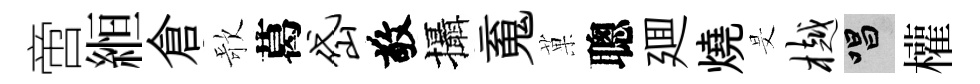
啻縆倉歌葛岱敬攝䰟菓聰廽燒旻樾唱權